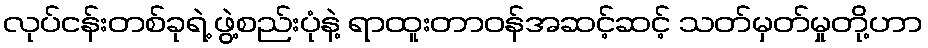
လုပ်ငန်းတစ်ခုရဲ့ ဖွဲ့စည်းပုံနဲ့ ရာထူးတာဝန်အဆင့်ဆင့် သတ်မှတ်မှုတို့ဟာ